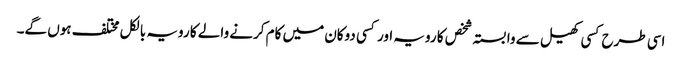
اسی طرح کسی کھیل سے وابستہ شخص کا رویہ اور کسی دوکان میں کام کرنے والے کا رویہ بالکل مختلف ہوں گے۔